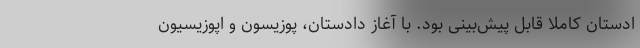
ادستان کاملا قابل پیش‌بینی بود. با آغاز دادستان، پوزیسون و اپوزیسیون